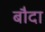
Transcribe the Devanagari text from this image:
बौदा